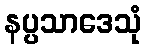
နပ္ပသာဒေသုံ